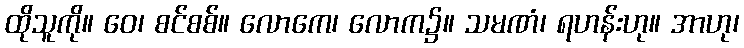
ထိုသူကို။ ဝေ၊ စင်စစ်။ လောကေ၊ လောက၌။ သမဏံ၊ ရဟန်းဟု။ အာဟု၊